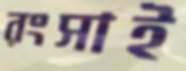
রংসাই